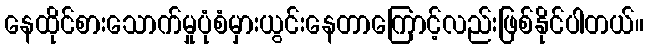
နေထိုင်စားသောက်မှုပုံစံမှားယွင်းနေတာကြောင့်လည်းဖြစ်နိုင်ပါတယ်။